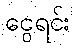
ငွေရင်း